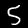
Label: 5